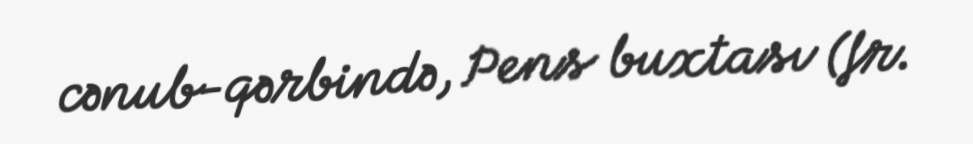
cənub-qərbində, Pens buxtası (fr.